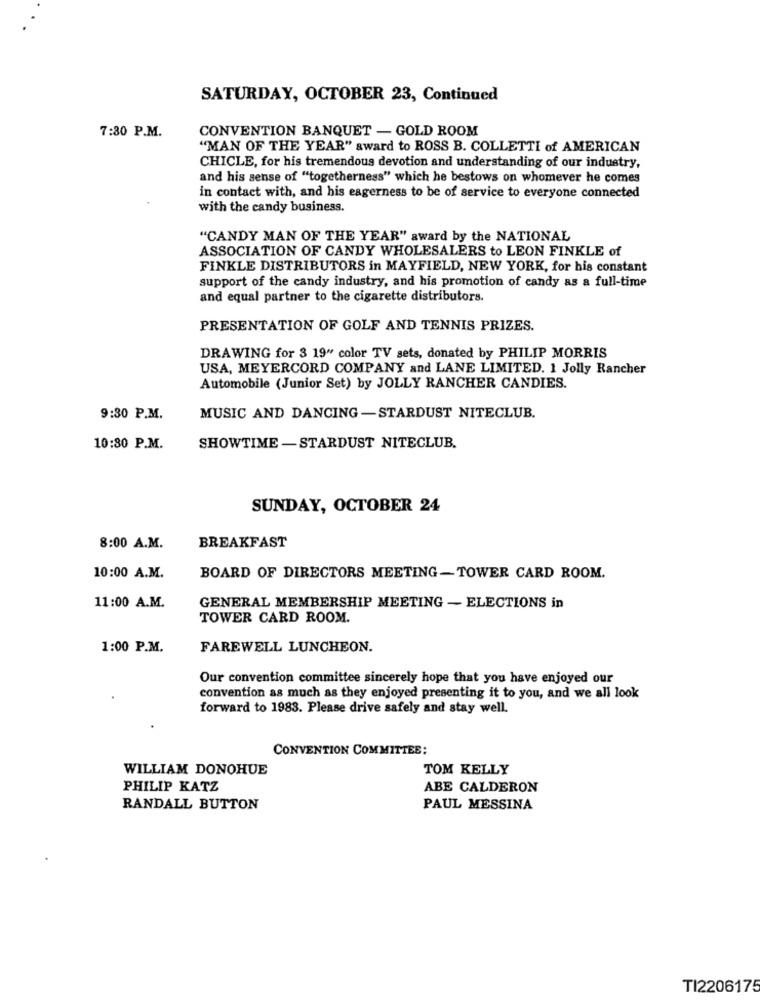
SATURDAY, OCTOBER 23, Continued
7:30 P.M.
CONVENTION BANQUET - GOLD ROOM
"MAN OF THE YEAR" award to ROSS B. COLLETTI of AMERICAN
CHICLE, for his tremendous devotion and understanding of our industry,
and his sense of "togetherness" which he bestows on whomever he comes
in contact with, and his eagerness to be of service to everyone connected
with the candy business.
"CANDY MAN OF THE YEAR" award by the NATIONAL
ASSOCIATION OF CANDY WHOLESALERS to LEON FINKLE of
FINKLE DISTRIBUTORS in MAYFIELD, NEW YORK, for his constant
support of the candy industry, and his promotion of candy as a full-time
and equal partner to the cigarette distributors.
PRESENTATION OF GOLF AND TENNIS PRIZES.
DRAWING for 3 19" color TV sets, donated by PHILIP MORRIS
USA, MEYERCORD COMPANY and LANE LIMITED. 1 Jolly Rancher
Automobile (Junior Set) by JOLLY RANCHER CANDIES.
9:30 P.M.
MUSIC AND DANCING -STARDUST NITECLUB.
10:30 P.M.
SHOWTIME - STARDUST NITECLUB.
SUNDAY, OCTOBER 24
8:00 A.M.
BREAKFAST
10:00 A.M.
BOARD OF DIRECTORS MEETING-TOWER CARD ROOM.
11:00 A.M.
GENERAL MEMBERSHIP MEETING - ELECTIONS in
TOWER CARD ROOM.
1:00 P.M.
FAREWELL LUNCHEON.
Our convention committee sincerely hope that you have enjoyed our
convention as much as they enjoyed presenting it to you, and we all look
forward to 1983. Please drive safely and stay well.
CONVENTION COMMITTEE:
WILLIAM DONOHUE
TOM KELLY
PHILIP KATZ
ABE CALDERON
RANDALL BUTTON
PAUL MESSINA
TI2206175